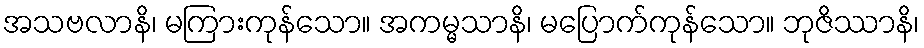
အသဗလာနိ၊ မကြားကုန်သော။ အကမ္မသာနိ၊ မပြောက်ကုန်သော။ ဘုဇိဿာနိ၊